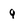
Character: 9